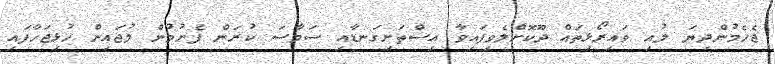
ޖެހެމުންދިޔަ ލުއި ވައިރޯޅިތައް ދޫކޮށްލެވިފައިވާ އިސްތަށިގަނޑާއި ސަމާސަ ކުރަން ފެށުމުން ލުޖައިން ހުޅިޖަހާފައި